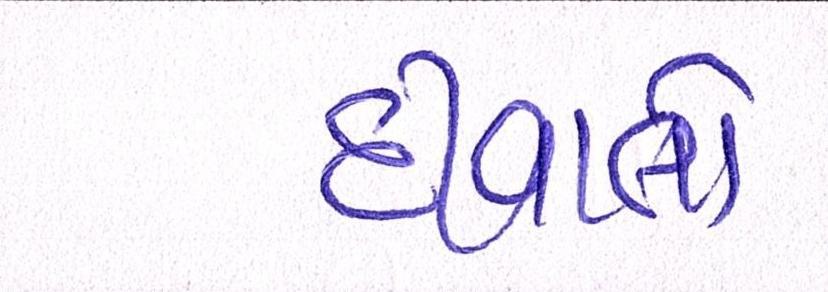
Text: દીવાલો